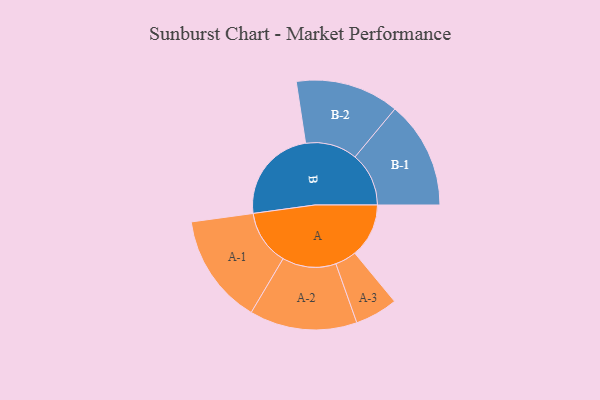
{"axis": {"x": "Segment", "y": "Value"}, "legend": ["", "A", "B"], "data": [{"x": "A", "y": 275, "type": ""}, {"x": "B", "y": 486, "type": ""}, {"x": "A-1", "y": 281, "type": "A"}, {"x": "A-2", "y": 274, "type": "A"}, {"x": "A-3", "y": 109, "type": "A"}, {"x": "B-1", "y": 274, "type": "B"}, {"x": "B-2", "y": 264, "type": "B"}]}